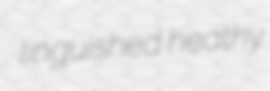
linguished heathy